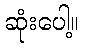
ဆုံးပေါ့။